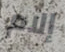
إلام